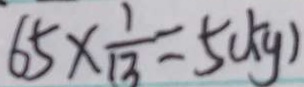
6 5 \times \frac { 1 } { 1 3 } = 5 ( k g )